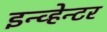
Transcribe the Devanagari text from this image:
इन्व्हेन्टर